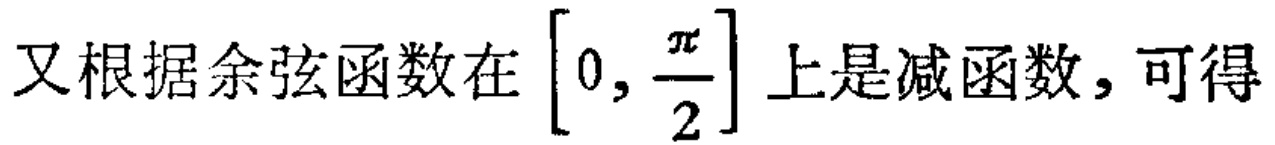
又根据余弦函数在$\left[0, \dfrac{\pi}{2}\right]$上是减函数，可得